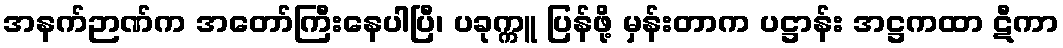
အနက်ဉာဏ်က အတော်ကြီးနေပါပြီ၊ ပခုက္ကူ ပြန်ဖို့ မှန်းတာက ပဋ္ဌာန်း အဋ္ဌကထာ ဋီကာ